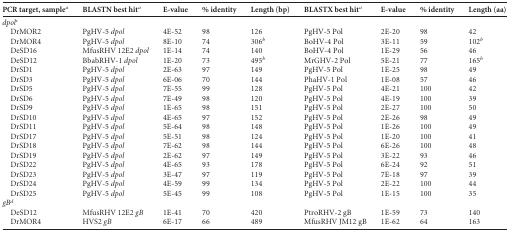
<table><thead><tr><td><b>PCR target, sample<sup>a</sup></b></td><td><b>BLASTN best hit<sup>a</sup></b></td><td><b>E-value</b></td><td><b>% identity</b></td><td><b>Length (bp)</b></td><td><b>BLASTX best hit<sup>a</sup></b></td><td><b>E-value</b></td><td><b>% identity</b></td><td><b>Length (aa)</b></td></tr></thead><tbody><tr><td><i>dpol<sup>c</sup></i></td><td></td><td></td><td></td><td></td><td></td><td></td><td></td><td></td></tr><tr><td>DrMOR2</td><td>PgHV-5 <i>dpol</i></td><td>4E-52</td><td>98</td><td>126</td><td>PgHV-5 Pol</td><td>2E-20</td><td>98</td><td>42</td></tr><tr><td>DrMOR4</td><td>PgHV-5 <i>dpol</i></td><td>8E-10</td><td>74</td><td>306<sup>b</sup></td><td>BoHV-4 Pol</td><td>3E-11</td><td>59</td><td>102<sup>b</sup></td></tr><tr><td>DeSD16</td><td>MfusRHV 12E2 <i>dpol</i></td><td>1E-14</td><td>74</td><td>140</td><td>BoHV-4 Pol</td><td>1E-29</td><td>56</td><td>46</td></tr><tr><td>DeSD12</td><td>BbabRHV-1 <i>dpol</i></td><td>1E-20</td><td>73</td><td>495<sup>b</sup></td><td>MrGHV-2 Pol</td><td>5E-21</td><td>77</td><td>165<sup>b</sup></td></tr><tr><td>DrSD1</td><td>PgHV-5 <i>dpol</i></td><td>2E-63</td><td>97</td><td>149</td><td>PgHV-5 Pol</td><td>1E-25</td><td>98</td><td>49</td></tr><tr><td>DrSD3</td><td>PgHV-5 <i>dpol</i></td><td>6E-06</td><td>70</td><td>144</td><td>PhaHV-1 Pol</td><td>1E-08</td><td>57</td><td>46</td></tr><tr><td>DrSD5</td><td>PgHV-5 <i>dpol</i></td><td>7E-55</td><td>99</td><td>128</td><td>PgHV-5 Pol</td><td>4E-21</td><td>100</td><td>42</td></tr><tr><td>DrSD6</td><td>PgHV-5 <i>dpol</i></td><td>7E-49</td><td>98</td><td>120</td><td>PgHV-5 Pol</td><td>4E-19</td><td>100</td><td>39</td></tr><tr><td>DrSD9</td><td>PgHV-5 <i>dpol</i></td><td>1E-65</td><td>98</td><td>151</td><td>PgHV-5 Pol</td><td>2E-27</td><td>100</td><td>50</td></tr><tr><td>DrSD10</td><td>PgHV-5 <i>dpol</i></td><td>4E-65</td><td>97</td><td>152</td><td>PgHV-5 Pol</td><td>2E-26</td><td>98</td><td>49</td></tr><tr><td>DrSD11</td><td>PgHV-5 <i>dpol</i></td><td>5E-64</td><td>98</td><td>148</td><td>PgHV-5 Pol</td><td>1E-26</td><td>100</td><td>49</td></tr><tr><td>DrSD17</td><td>PgHV-5 <i>dpol</i></td><td>5E-51</td><td>98</td><td>124</td><td>PgHV-5 Pol</td><td>1E-20</td><td>100</td><td>41</td></tr><tr><td>DrSD18</td><td>PgHV-5 <i>dpol</i></td><td>7E-62</td><td>98</td><td>144</td><td>PgHV-5 Pol</td><td>6E-26</td><td>100</td><td>48</td></tr><tr><td>DrSD19</td><td>PgHV-5 <i>dpol</i></td><td>2E-62</td><td>97</td><td>149</td><td>PgHV-5 Pol</td><td>3E-22</td><td>93</td><td>46</td></tr><tr><td>DrSD22</td><td>PgHV-5 <i>dpol</i></td><td>4E-65</td><td>93</td><td>178</td><td>PgHV-5 Pol</td><td>6E-24</td><td>92</td><td>51</td></tr><tr><td>DrSD23</td><td>PgHV-5 <i>dpol</i></td><td>3E-47</td><td>97</td><td>119</td><td>PgHV-5 Pol</td><td>7E-18</td><td>97</td><td>39</td></tr><tr><td>DrSD24</td><td>PgHV-5 <i>dpol</i></td><td>4E-59</td><td>99</td><td>134</td><td>PgHV-5 Pol</td><td>2E-22</td><td>100</td><td>44</td></tr><tr><td>DrSD25</td><td>PgHV-5 <i>dpol</i></td><td>5E-45</td><td>99</td><td>108</td><td>PgHV-5 Pol</td><td>1E-15</td><td>100</td><td>35</td></tr><tr><td colspan="9"><i>gB<sup>d</sup></i></td></tr><tr><td>DeSD12</td><td>MfusRHV 12E2 <i>gB</i></td><td>1E-41</td><td>70</td><td>420</td><td>PtroRHV-2 gB</td><td>1E-59</td><td>73</td><td>140</td></tr><tr><td>DrMOR4</td><td>HVS2 <i>gB</i></td><td>6E-17</td><td>66</td><td>489</td><td>MfusRHV JM12 gB</td><td>1E-62</td><td>64</td><td>163</td></tr></tbody></table>